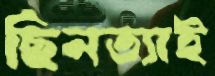
ছিনত্যাই